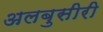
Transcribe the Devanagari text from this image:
अलबुसीरी